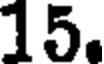
15.